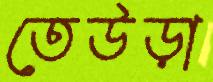
তেউড়া